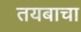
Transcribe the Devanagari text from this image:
तयबाचा